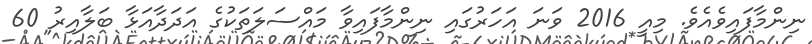
ނިންމާފައިވެއެވެ. މިއީ 2016 ވަނަ އަހަރުގައި ނިންމާފައިވާ މައްސަލަތަކުގެ އަދަދާއަޅާ ބަލާއިރު 60